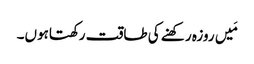
مَیں روزہ رکھنے کی طاقت رکھتاہوں۔